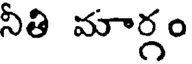
నీతి మార్గం